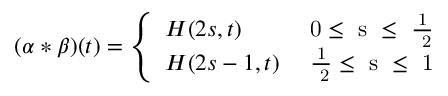
( \alpha \ast \beta ) ( t ) = \left\{ \begin{array} { l l } { { H ( 2 s , t ) } } & { { \mathrm { ~ 0 \leq ~ s ~ \leq ~ { \frac { 1 } { ~ 2 } } ~ } } } \\ { { H ( 2 s - 1 , t ) } } & { { \mathrm { ~ { \frac { 1 } { ~ 2 } } \leq ~ s ~ \leq ~ 1 ~ } } } \end{array} \right.